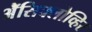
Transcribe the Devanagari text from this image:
ॲेसिक्लोव्हिर